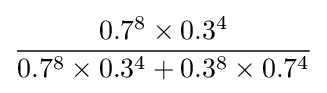
{\frac {0.7^{8}\times 0.3^{4}}{0.7^{8}\times 0.3^{4}+0.3^{8}\times 0.7^{4}}}